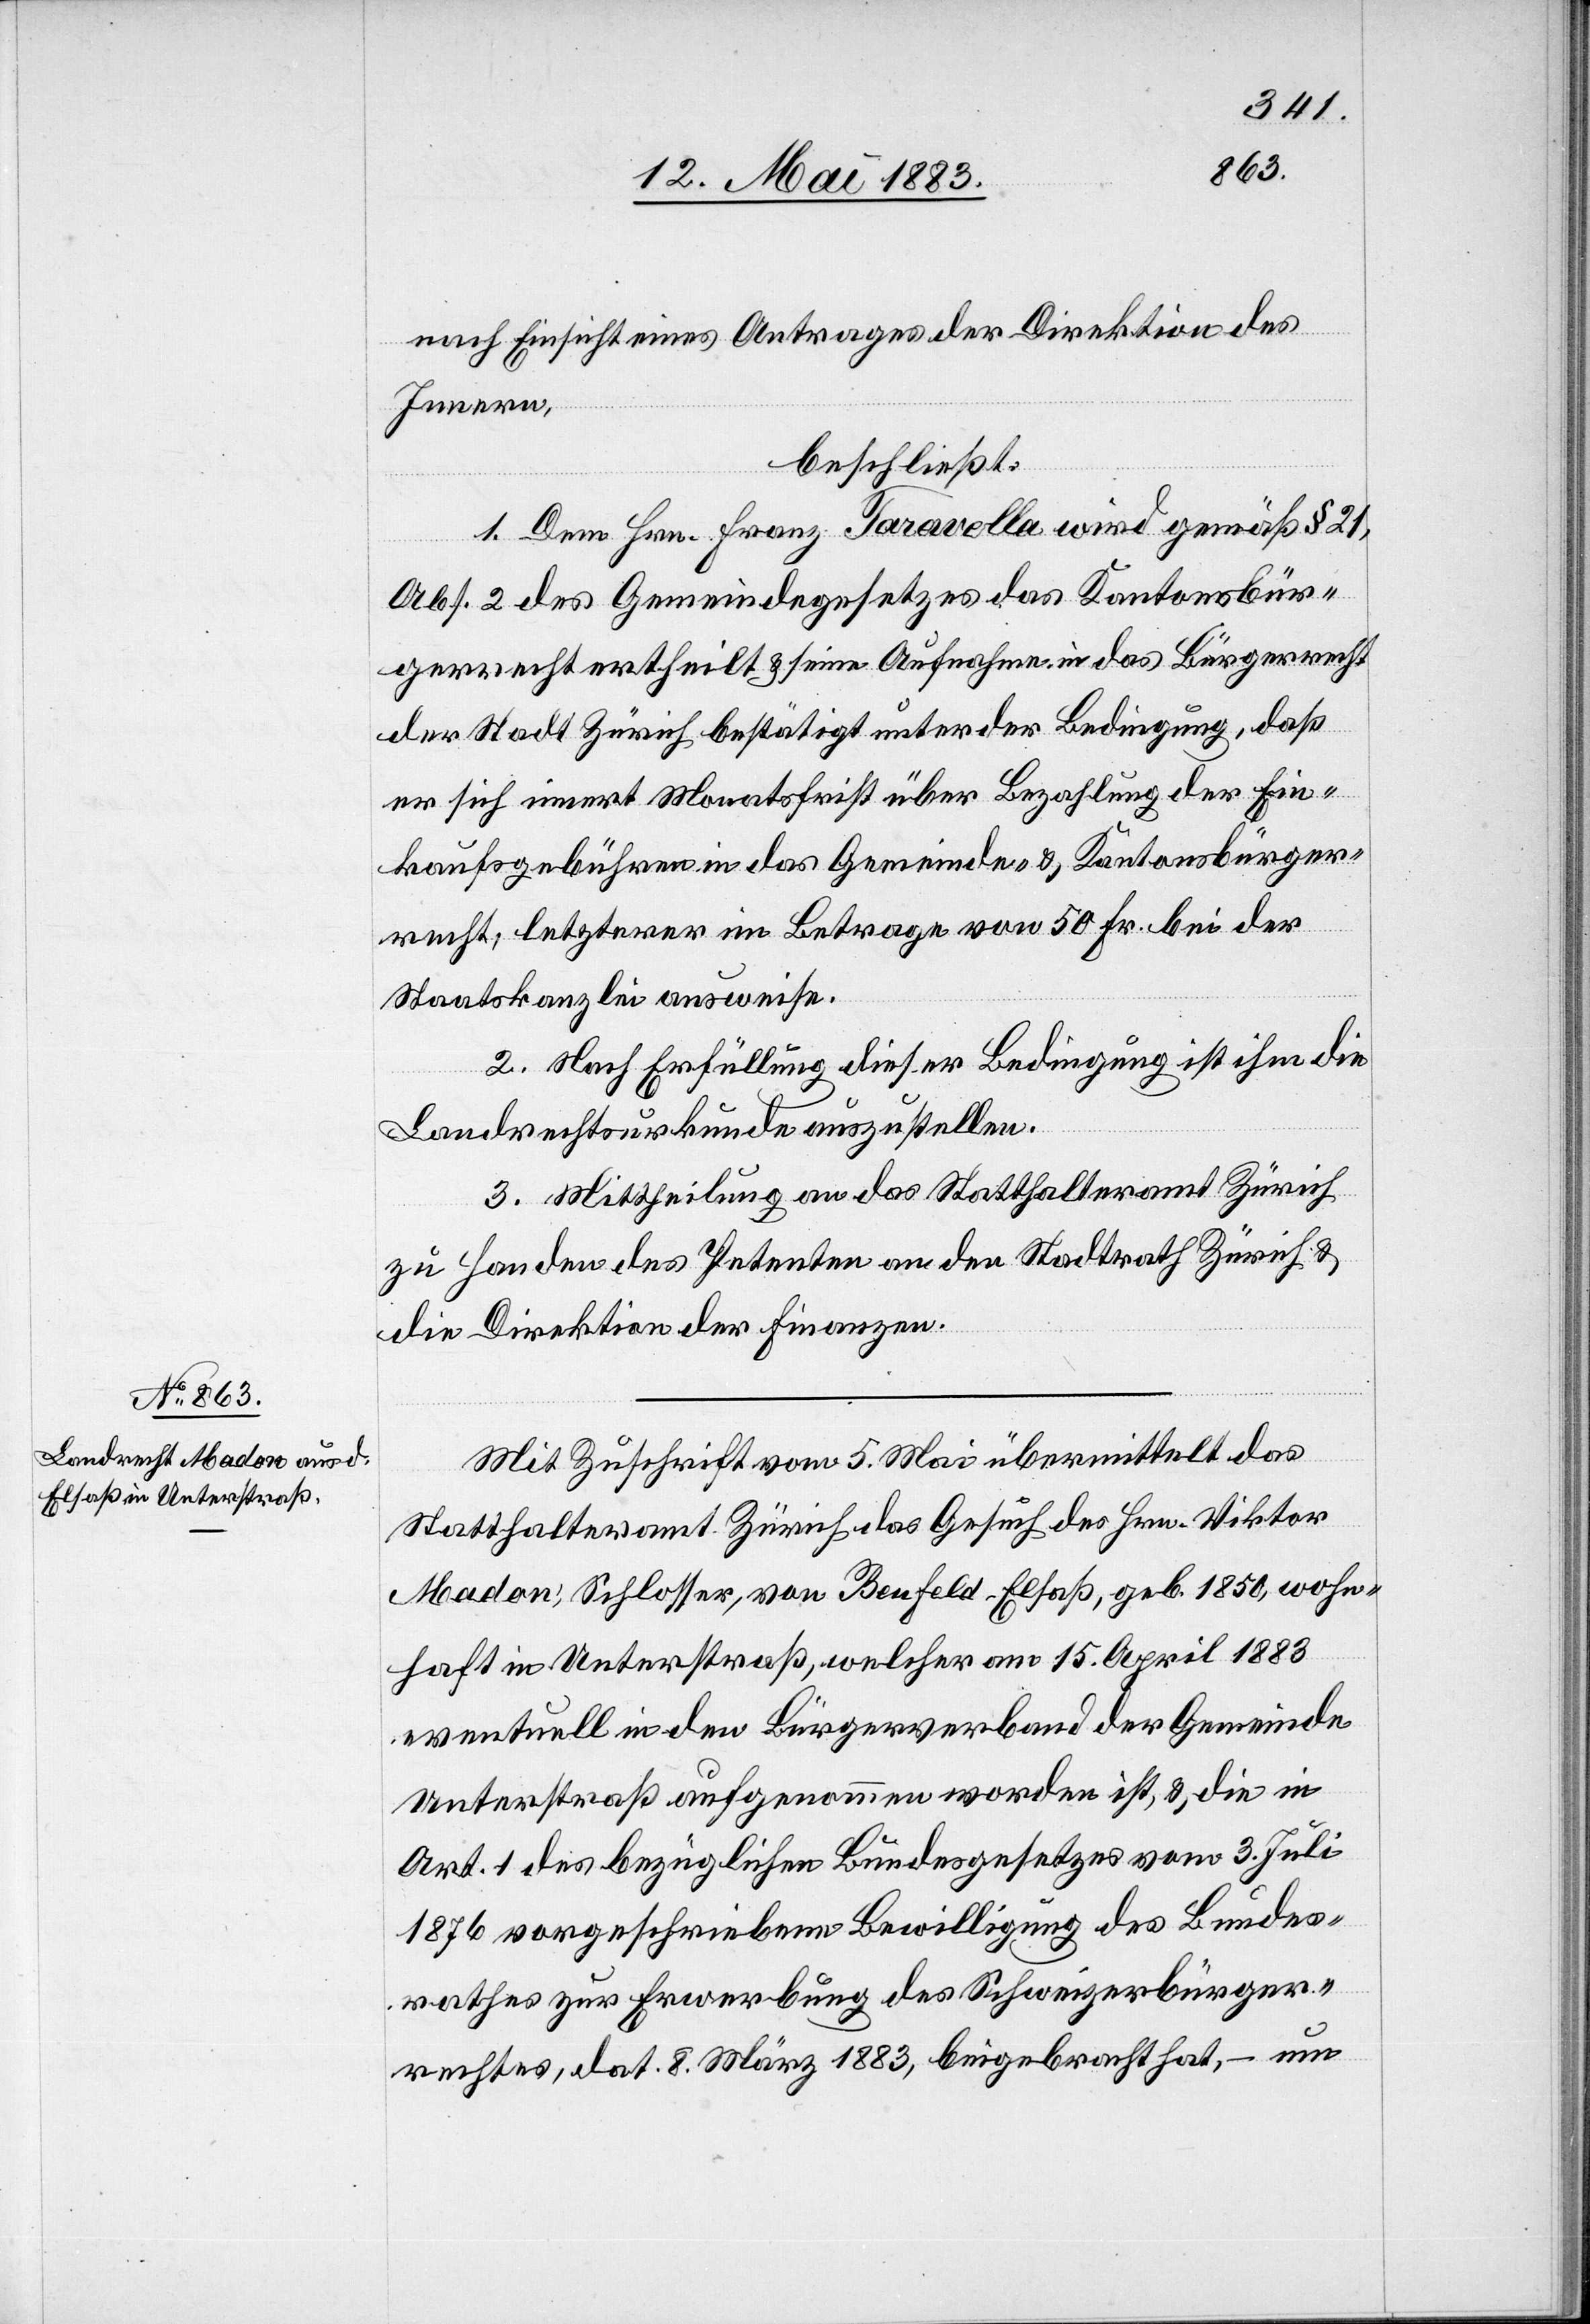
nach Einsicht eines Antrages der Direktion des
Innern,
beschließt:
1. Dem Hrn. Franz Taravella wird gemäß § 21,
Abs. 2 des Gemeindegesetzes das Kantonsbür¬
gerrecht ertheilt & seine Aufnahme in das Bürgerrecht
der Stadt Zürich bestätigt unter der Bedingung, daß
er sich innert Monatsfrist über Bezahlung der Ein¬
kaufsgebühren in das Gemeinde- & Kantonsbürger¬
recht, letzterer im Betrage von 50 Fr. bei der
Staatskanzlei ausweise.
2. Nach Erfüllung dieser Bedingung ist ihm die
Landrechtsurkunde auszustellen.
3. Mittheilung an das Statthalteramt Zürich
zu Handen des Petenten an den Stadtrath Zürich &
die Direktion der Finanzen.
Mit Zuschrift vom 5. Mai übermittelt das
Statthalteramt Zürich das Gesuch des Hrn. Viktor
Madon; Schlosser, von Benfeld - Elsaß, geb. 1850, wohn¬
haft in Unterstraß, welcher am 15. April 1883
eventuell in den Bürgerverband der Gemeinde
Unterstraß aufgenommen worden ist & die in
Art. des bezüglichen Bundesgesetzes vom 3. Juli
1876 vorgeschriebene Bewilligung des Bundes¬
rathes zur Erwerbung des Schweizerbürger¬
rechtes, dat. 8. März 1883, beigebracht hat, – um